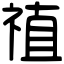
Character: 禃